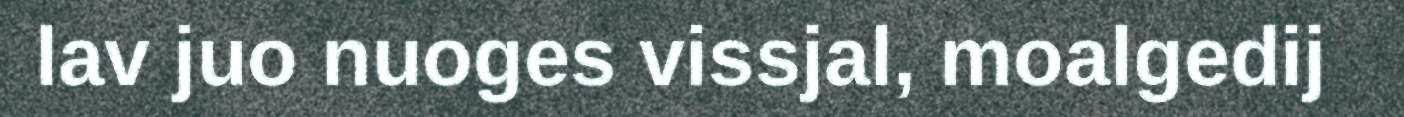
lav juo nuoges vissjal, moalgedij